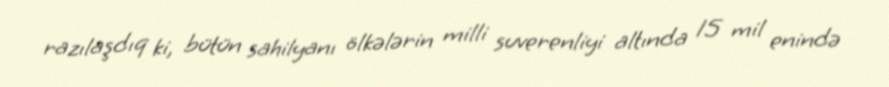
razılaşdıq ki, bütün sahilyanı ölkələrin milli suverenliyi altında 15 mil enində